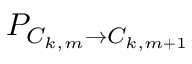
P _ { C _ { k , m } \rightarrow C _ { k , m + 1 } }